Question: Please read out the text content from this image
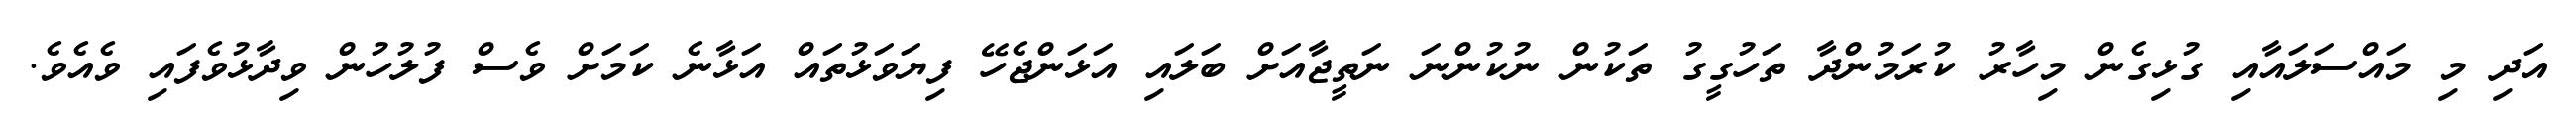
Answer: އަދި މި މައްސަލައާއި ގުޅިގެން މިހާރު ކުރަމުންދާ ތަހުގީގު ތަކުން ނުކުންނަ ނަތީޖާއަށް ބަލައި އަޅަންޖެހޭ ފިޔަވަޅުތައް އަޅާނެ ކަމަށް ވެސް ފުލުހުން ވިދާޅުވެފައި ވެއެވެ.